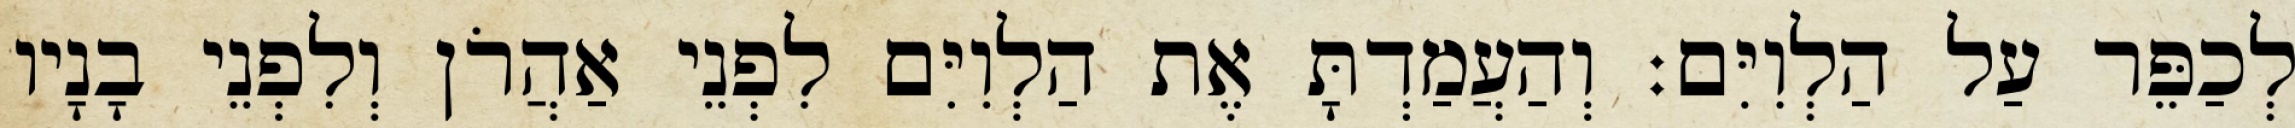
לְכַפֵּר עַל הַלְוִיִּם׃ וְהַעֲמַדְתָּ אֶת הַלְוִיִּם לִפְנֵי אַהֲרֹן וְלִפְנֵי בָנָיו